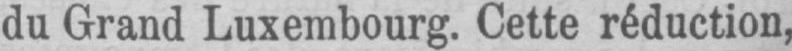
du Grand Luxembourg. Cette réduction,